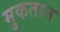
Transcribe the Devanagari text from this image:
मुकतान